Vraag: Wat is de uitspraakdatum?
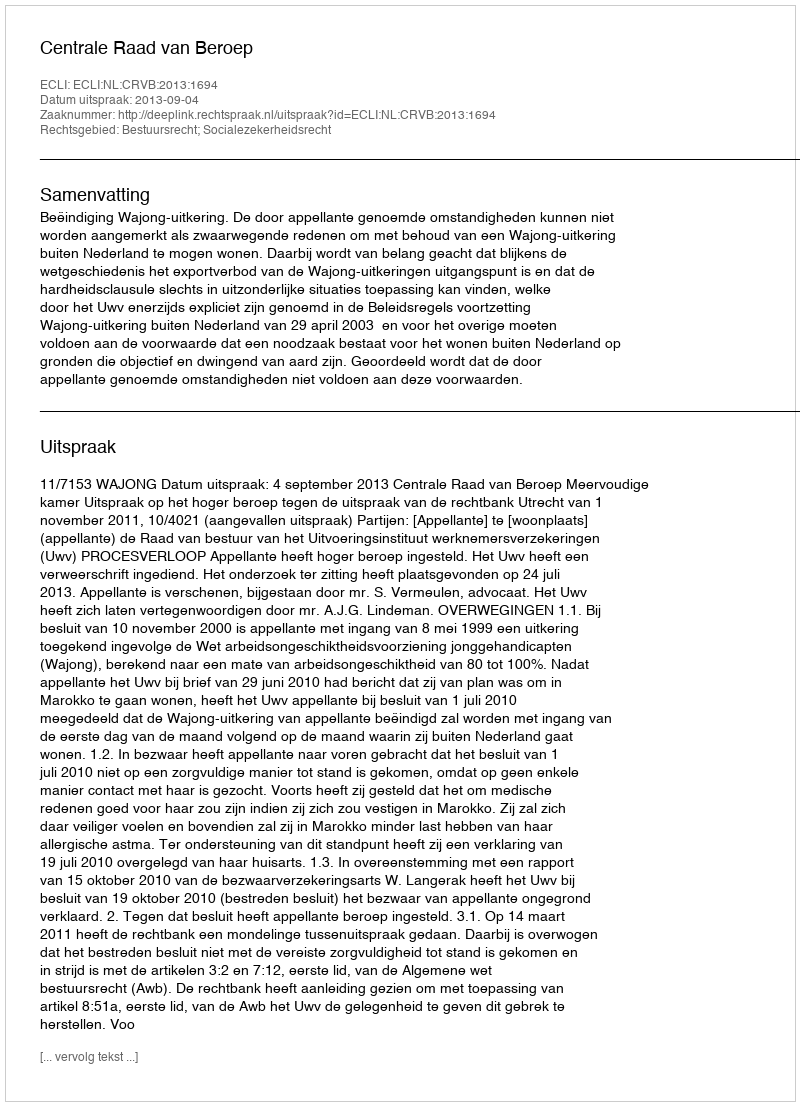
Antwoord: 2013-09-04